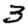
Digit: 3